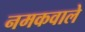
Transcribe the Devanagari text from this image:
नमकवाले